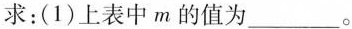
求：(1)上表中 m 的值为___。